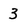
Character: 3